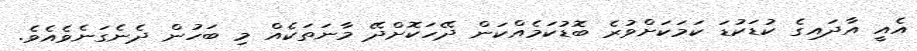
އެއީ އާދައިގެ ކުޑަކުޑަ ކަމަކަށްވުރެ ބޮޑުކަމެއްކަން ދޭހަކޮށްދޭ މާނަތަކެއް މި ބަހުން ދެނެގަނެވެއެވެ.